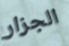
الجزار